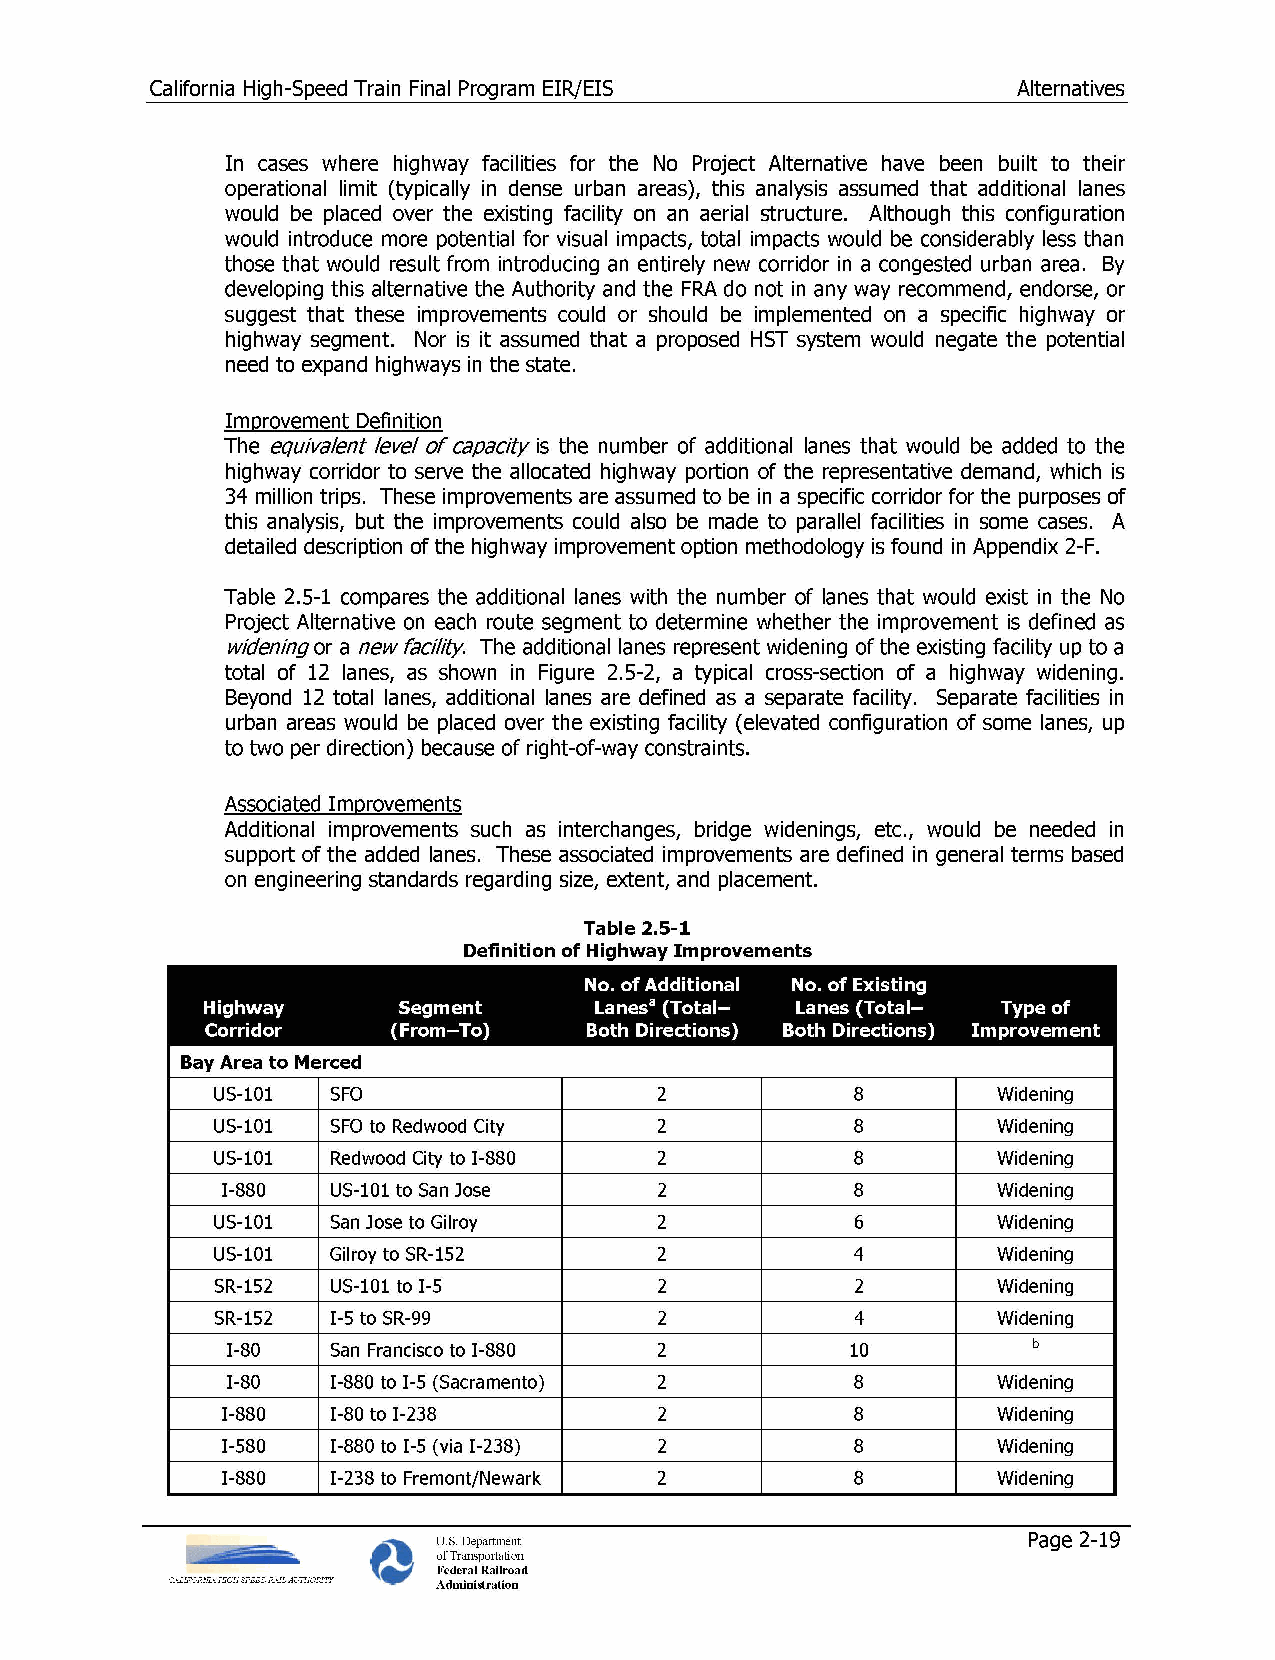
California High-Speed Train Final Program EIR/EIS        Alternatives
 In cases where highway facilities for the No Project Alternative have been built to their
 operational limit (typically in dense urban areas), this analysis assumed that additional lanes
 would be placed over the existing facility on an aerial structure. Although this configuration
 would introduce more potential for visual impacts, total impacts would be considerably less than
 those that would result from introducing an entirely new corridor in a congested urban area. By
 developing this alternative the Authority and the FRA do not in any way recommend, endorse, or
 suggest that these improvements could or should be implemented on a specific highway or
 highway segment. Nor is it assumed that a proposed HST system would negate the potential
 need to expand highways in the state.
 Improvement Definition
 The equivalent level of capacity is the number of additional lanes that would be added to the
 highway corridor to serve the allocated highway portion of the representative demand, which is
 34 million trips. These improvements are assumed to be in a specific corridor for the purposes of
 this analysis, but the improvements could also be made to parallel facilities in some cases. A
 detailed description of the highway improvement option methodology is found in Appendix 2-F.
 Table 2.5-1 compares the additional lanes with the number of lanes that would exist in the No
 Project Alternative on each route segment to determine whether the improvement is defined as
 widening or a new facility. The additional lanes represent widening of the existing facility up to a
 total of 12 lanes, as shown in Figure 2.5-2, a typical cross-section of a highway widening.
 Beyond 12 total lanes, additional lanes are defined as a separate facility. Separate facilities in
 urban areas would be placed over the existing facility (elevated configuration of some lanes, up
 to two per direction) because of right-of-way constraints.
 Associated Improvements
 Additional improvements such as interchanges, bridge widenings, etc., would be needed in
 support of the added lanes. These associated improvements are defined in general terms based
 on engineering standards regarding size, extent, and placement.
 Table 2.5-1
 Definition of Highway Improvements
 No. of Additional No. of Existing
 Highway      Segment      Lanesa (Total- Lanes (Total- Type of
 Corridor    (From-To)    Both Directions) Both Directions) Improvement
 Bay Area to Merced
 US-101  SFO                   2            8        Widening
 US-101  SFO to Redwood City   2            8        Widening
 US-101  Redwood City to I -880 2           8        Widening
 1-880  US-101 to San Jose    2            8        Widening
 US-101  San Jose to Gilroy    2            6        Widening
 US-101  Gilroy to SR-152      2            4        Widening
 SR-152  US-101 to 1-5         2            2        Widening
 SR-152  1-5 to SR-99          2            4        Widening
 1-80   San Francisco to 1-880 2          10          b
 1-80   1-880 to 1-5 (Sacramento) 2        8        Widening
 1-880  1-80 to 1-238         2            8        Widening
 1-580  1-880 to 1-5 (via 1-238) 2         8        Widening
 1-880  1-238 to Fremont/Newark 2          8        Widening
 U.S. Department                        Page 2-19
 of Transportation
 Federal Railroad
 Administration